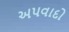
અપવાદો